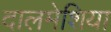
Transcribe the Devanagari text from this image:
दालमेशिया